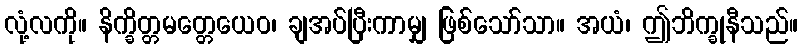
လုံ့လကို။ နိက္ခိတ္တမတ္တေယေဝ၊ ချအပ်ပြီးကာမျှ ဖြစ်သော်သာ။ အယံ၊ ဤဘိက္ခုနီသည်။